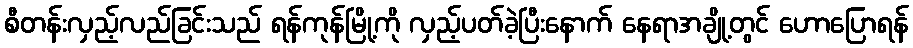
စီတန်းလှည့်လည်ခြင်းသည် ရန်ကုန်မြို့ကို လှည့်ပတ်ခဲ့ပြီးနောက် နေရာအချို့တွင် ဟောပြောရန်